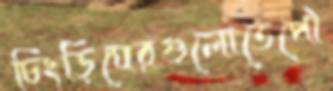
চিংড়িঘেরগুলোতেপৌ